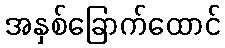
အနှစ်ခြောက်ထောင်